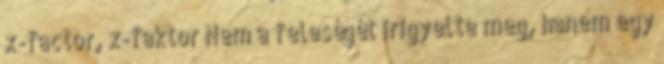
x-factor, x-faktor Nem a feleségét irigyelte meg, hanem egy